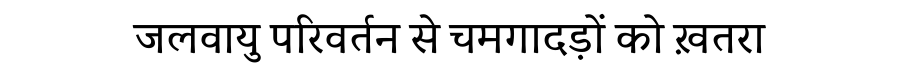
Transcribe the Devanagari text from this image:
जलवायु परिवर्तन से चमगादड़ों को ख़तरा